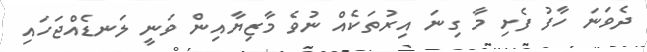
ދެވަނަ ހާފު ފެށި މާ ގިނަ އިރުތަކެއް ނުވެ މާޒިޔާއިން ވަނީ ލަނޑެއްޖަހައި